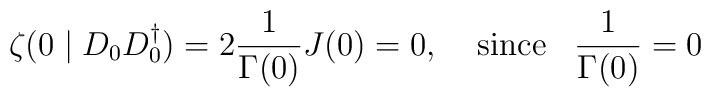
\zeta (0\mid D_0D_0^{\dagger})=2\frac {1}{\Gamma (0)}J(0)=0, \;\;\;\;{\rm since}\;\;\;\frac {1}{\Gamma (0)}=0